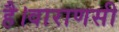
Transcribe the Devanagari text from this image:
है।वाराणसी